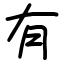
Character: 有